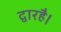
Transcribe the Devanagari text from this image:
द्वारहै।